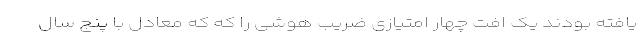
یافته بودند یک افت چهار امتیازی ضریب هوشی را که که معادل با پنج سال